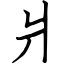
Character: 爿